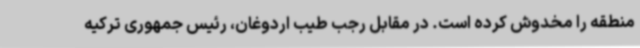
منطقه را مخدوش کرده است. در مقابل رجب طیب اردوغان، رئیس جمهوری ترکیه